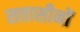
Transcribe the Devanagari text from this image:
सत्तासीनों